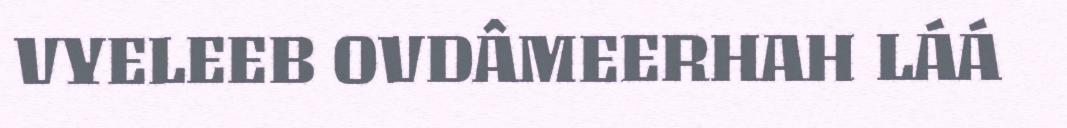
VYELEEB OVDÂMEERHAH LÁÁ